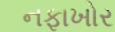
નફાખોર